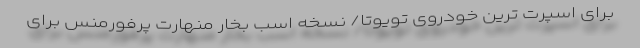
برای اسپرت ترین خودروی تویوتا/ نسخه اسب بخار منهارت پرفورمنس برای